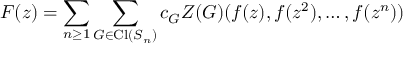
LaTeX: F ( z ) = \sum _ { n \geq 1 } \sum _ { G \in \operatorname { C l } ( S _ { n } ) } c _ { G } Z ( G ) ( f ( z ) , f ( z ^ { 2 } ) , \ldots , f ( z ^ { n } ) )